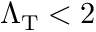
\Lambda _ { \mathrm { T } } < 2